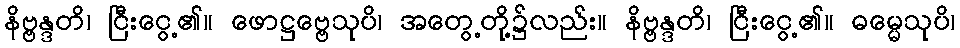
နိဗ္ဗန္ဒတိ၊ ငြီးငွေ့၏။ ဖောဋ္ဌဗ္ဗေသုပိ၊ အတွေ့တို့၌လည်း။ နိဗ္ဗန္ဒတိ၊ ငြီးငွေ့၏။ ဓမ္မေသုပိ၊